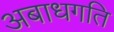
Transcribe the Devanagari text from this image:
अबाधगति